Board of Education Examinations in Art and in Science and Technology, and Examinations of the City and Guilds of London Institute, 1921, 1921
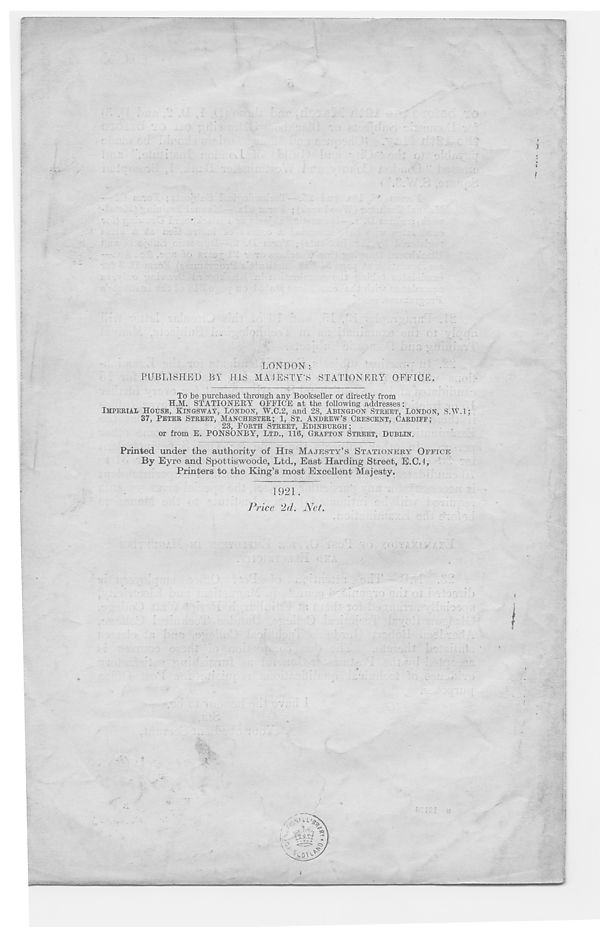
LONDON:
PUBLISHED BY HIS MAJESTY'S STATIONERY OFFICE.
To be purchased through any Bookseller or directly from
H.M. STATIONERY OFFICE at the following addresses:
IMPERIAL HOUSE, KINGSWAY, LONDON, W.C.2, and 28, ABINGDON STREET, LONDON, S.W.l;
37, PETER STREET, MANCHESTER; 1, ST. ANDREW’S CRESCENT, CARDIFF;
23, FORTH STREET, EDINBURGH;
or from E. PONSONBY, LTD., 116, GRAFTON STREET, DUBLIN.
Printed under the authority of His MAJESTY’S STATIONERY OFFICE
By Eyre and Spottiswoode, Ltd., East Harding Street, E.C.4,
Printers to the King’s most Excellent Majesty.
1921.
Price 2d. Net.
—